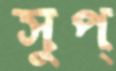
সুপ্